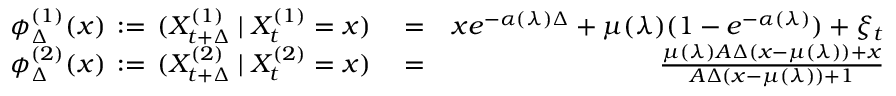
\begin{array} { r l r } { \phi _ { \Delta } ^ { ( 1 ) } ( x ) \, : = \, ( X _ { t + \Delta } ^ { ( 1 ) } \mid X _ { t } ^ { ( 1 ) } = x ) } & { { } = } & { x e ^ { - \alpha ( \lambda ) \Delta } + \mu ( \lambda ) ( 1 - e ^ { - \alpha ( \lambda ) } ) + \xi _ { t } } \\ { \phi _ { \Delta } ^ { ( 2 ) } ( x ) \, : = \, ( X _ { t + \Delta } ^ { ( 2 ) } \mid X _ { t } ^ { ( 2 ) } = x ) } & { { } = } & { \frac { \mu ( \lambda ) A \Delta ( x - \mu ( \lambda ) ) + x } { A \Delta ( x - \mu ( \lambda ) ) + 1 } } \end{array}